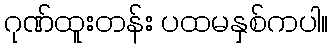
ဂုဏ်ထူးတန်း ပထမနှစ်ကပါ။